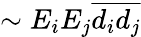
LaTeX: \sim E_{i}E_{j}\overline{{d_{i}d_{j}}}